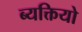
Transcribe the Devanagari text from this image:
ब्यक्तियो